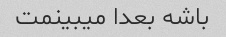
باشه بعدا میبینمت